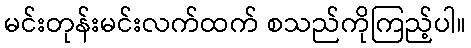
မင်းတုန်းမင်းလက်ထက် စသည်ကိုကြည့်ပါ။